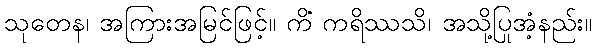
သုတေန၊ အကြားအမြင်ဖြင့်။ ကိံ ကရိဿသိ၊ အသို့ပြုအံ့နည်း။